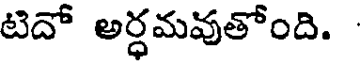
టిదో అర్ధమవుతోంది.